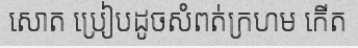
សោត ប្រៀបដូចសំពត់ក្រហម កើត